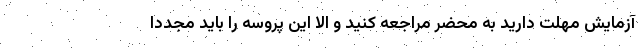
آزمایش مهلت دارید به محضر مراجعه کنید و الا این پروسه را باید مجددا